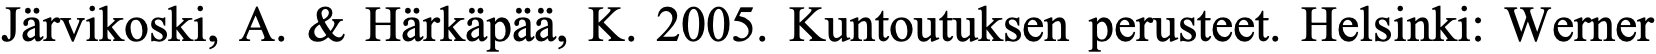
Järvikoski, A. & Härkäpää, K. 2005. Kuntoutuksen perusteet. Helsinki: Werner